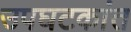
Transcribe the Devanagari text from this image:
उपघटकांत